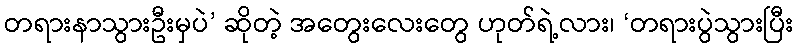
တရားနာသွားဦးမှပဲ’ ဆိုတဲ့ အတွေးလေးတွေ ဟုတ်ရဲ့လား၊ ‘တရားပွဲသွားပြီး